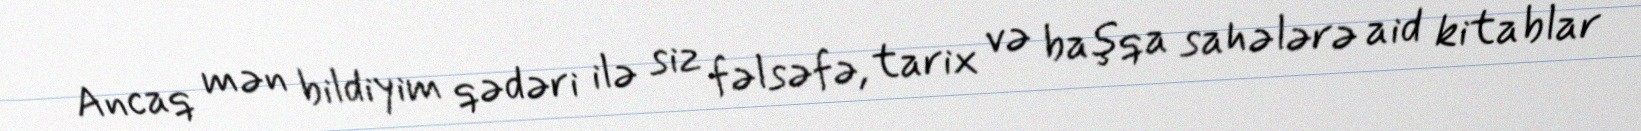
Ancaq mən bildiyim qədəri ilə siz fəlsəfə, tarix və başqa sahələrə aid kitablar